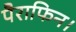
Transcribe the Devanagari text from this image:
पैराफिन।